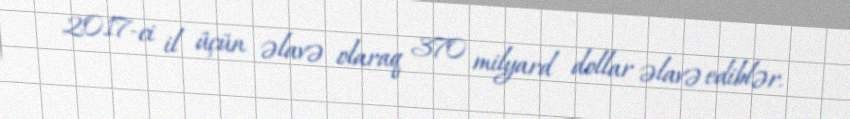
2017-ci il üçün əlavə olaraq 370 milyard dollar əlavə ediblər.